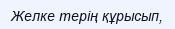
Желке терің құрысып,